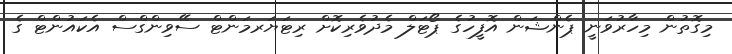
މިގޮތުން މިހާރުވަނީ ޕެންޝަން އޮފީހުގެ ޕޯޓަލް މެދުވެރިކޮށް ރިޓަޔަރމަންޓް ސޭވިންގްސް އެކައުންޓް ގެ